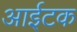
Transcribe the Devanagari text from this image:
आईटक